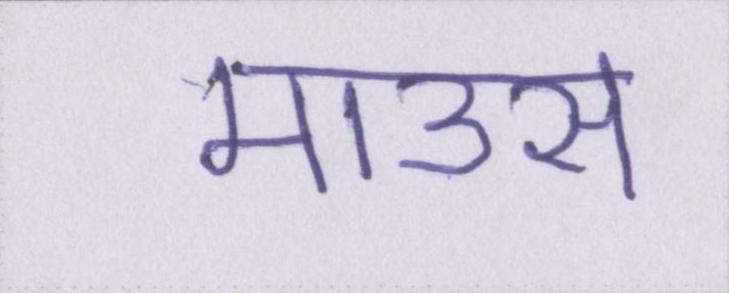
माउस